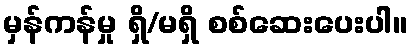
မှန်ကန်မှု ရှိ/မရှိ စစ်ဆေးပေးပါ။